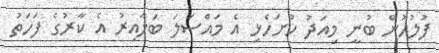
ފުލުހުން ބުނީ މިއަދު ހުށަހެޅި އެ މައްސަލަ ބަލާއިރު އެ ކާރުގެ ފަހަތު